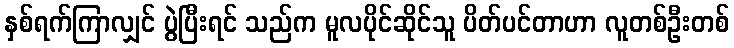
နှစ်ရက်ကြာလျှင် ပွဲပြီးရင် သည်က မူလပိုင်ဆိုင်သူ ပိတ်ပင်တာဟာ လူတစ်ဦးတစ်